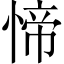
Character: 𱞷